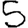
Digit: 5